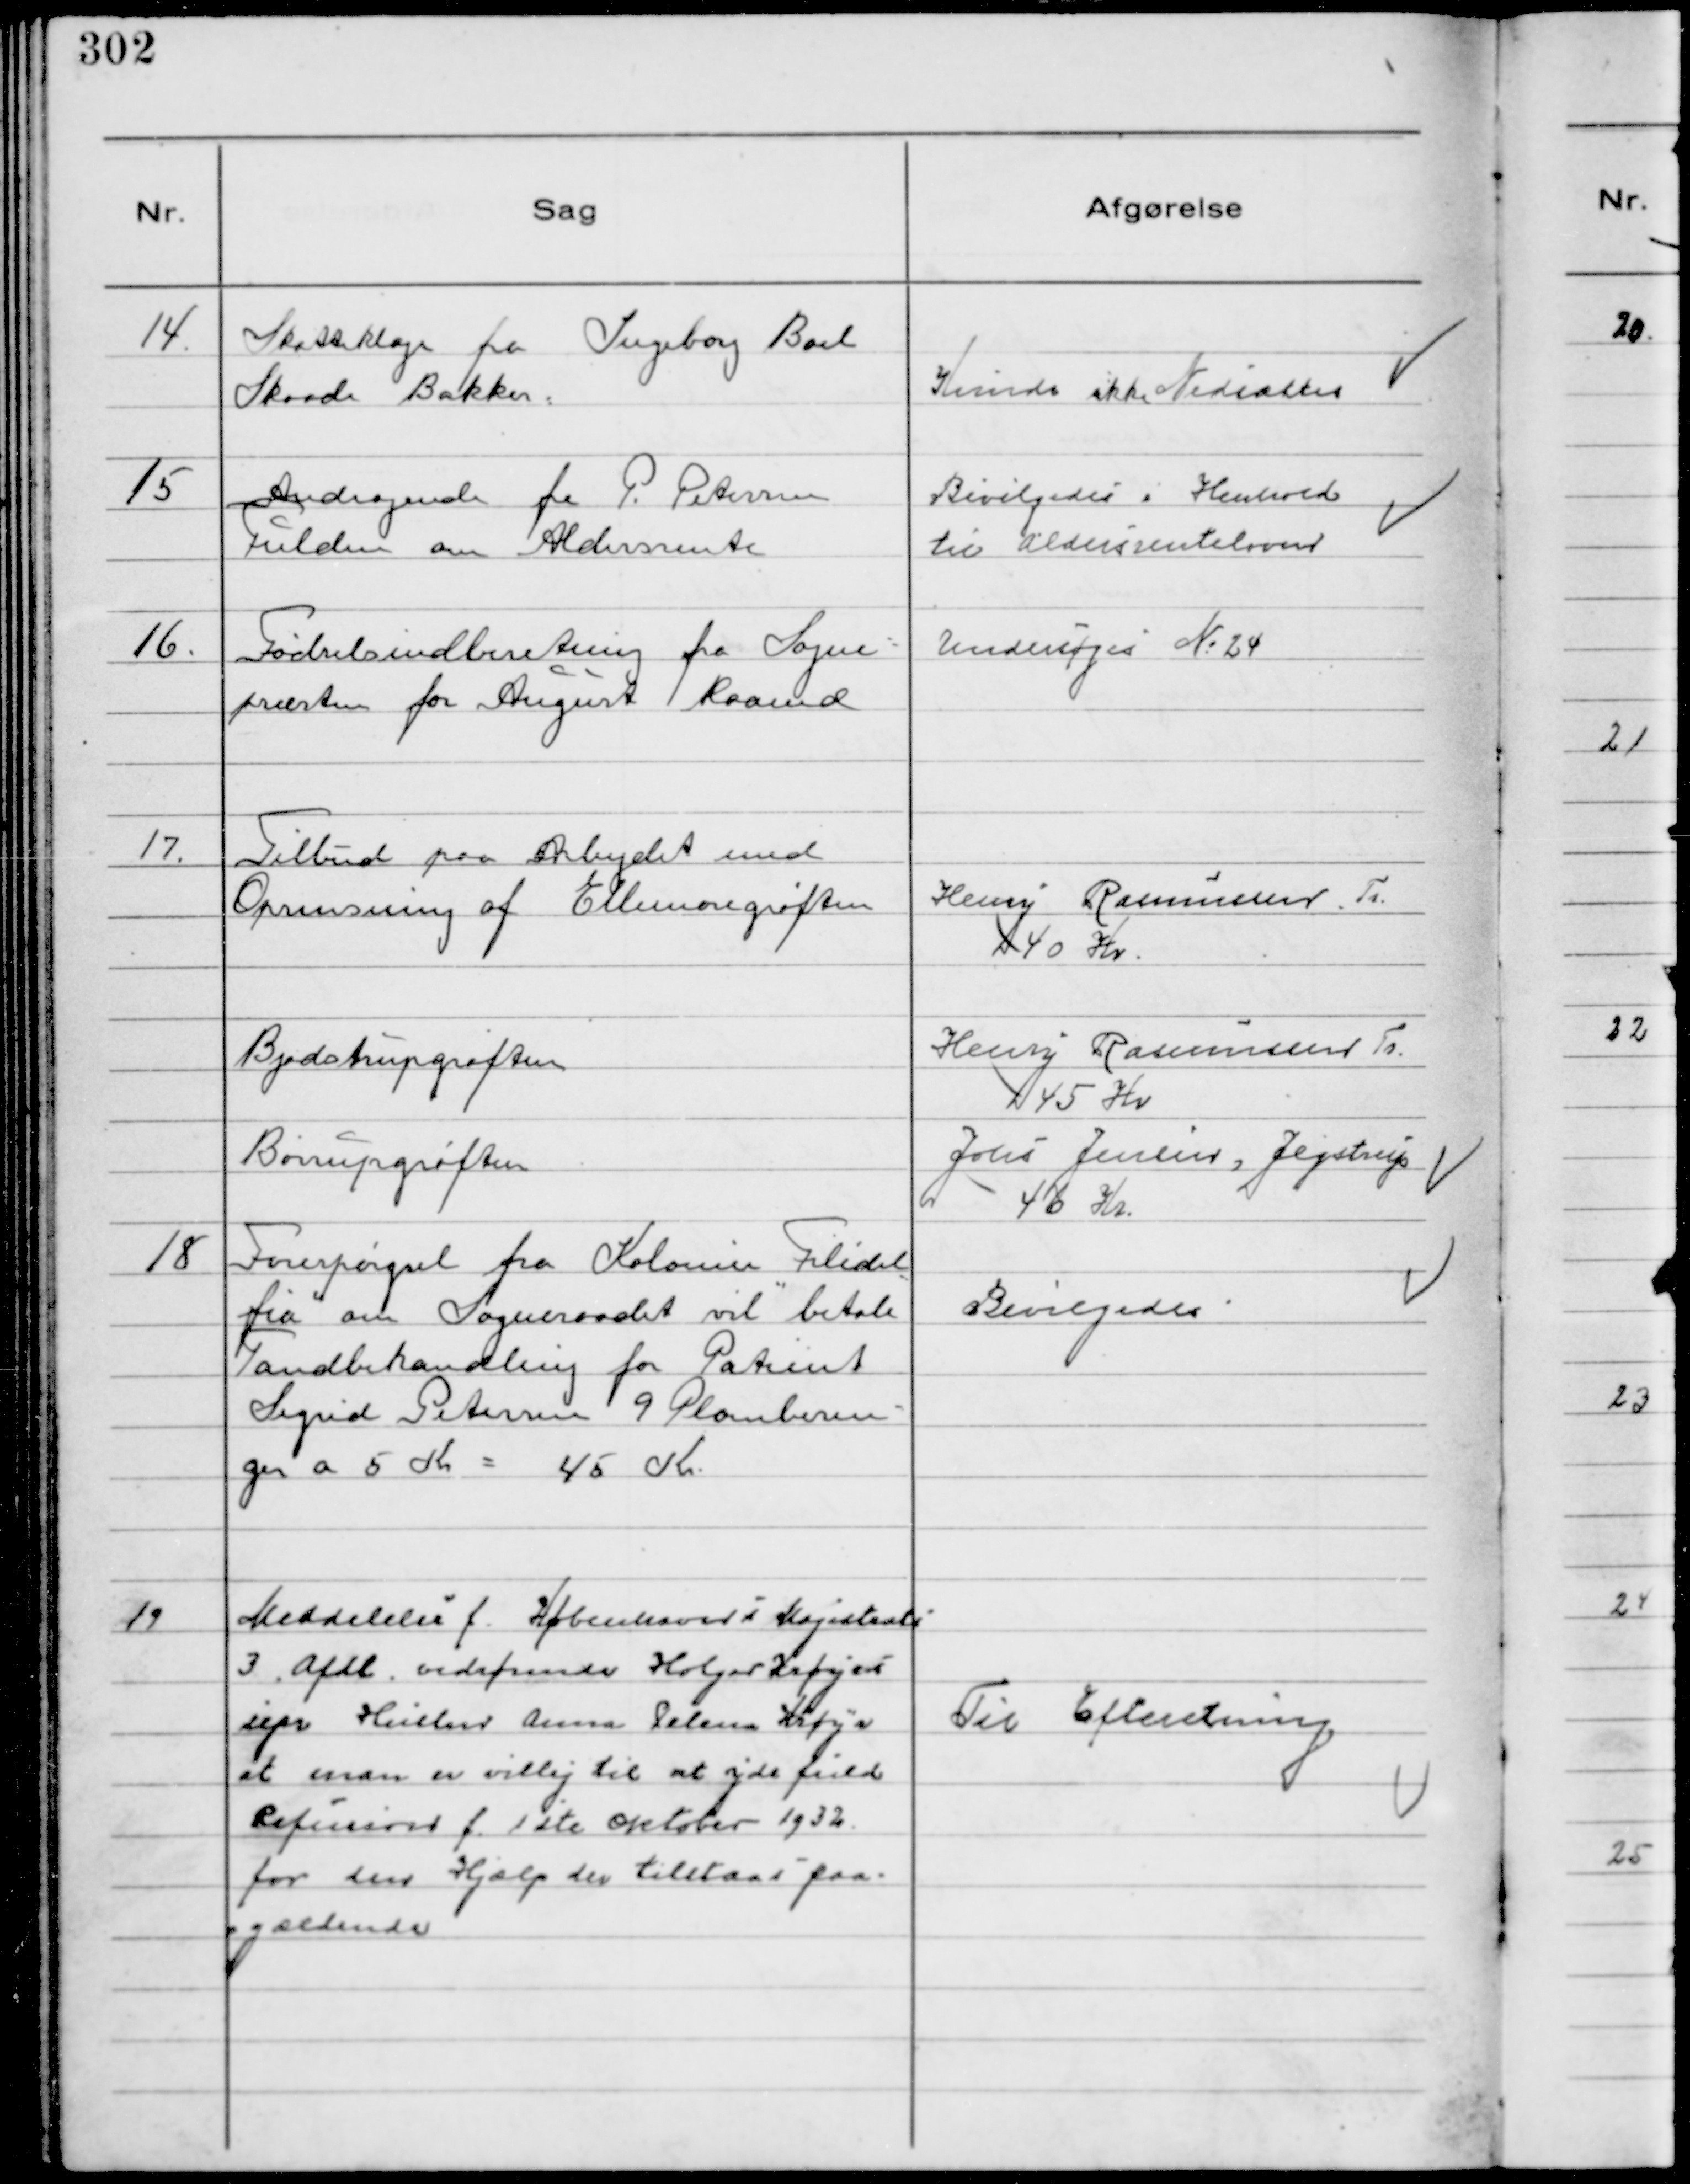
Transskription:
14.
Skatteklage fra Ingeborg Boel
Skaade Bakker.

Kunde ikke Nedsættes

15
Andragende fra P. Petersen
Fulden om Aldersrente

Bevilgedes i Henhold
til Aldersrenteloven

16.
Fødselsindberetning fra Sogne-
præsten for August Maaned

Undersøges №24

17.
Tilbud paa Arbejdet med
Oprensning af Ellemosegrøften

Henry Rasmussen Tr.
40 Kr.

Bjødstrupgrøften

Henry Rasmussen Tr.
45 Kr

Borrupgrøften

Johs Jensen, Jegstrup
46 Kr.

18
Forespørgsel fra Kolonien "Filidel
fia" om Sogneraadet vil betale
Tandbehandling for Patient
Sigrid Petersen 9 Plomberin-
ger a 5 Kr = 45 Kr.

Bevilgedes

19
Meddelelse f. Københavns Magistrats
3 Afdl. vedrørende Holger Krøyers
sepr Hustru Anna Selena Krøyer
at man er villig til at yde fuld
Refusion f. 1 ste Oktober 1932
for den Hjælp der tilstaas paa-
gældende

Til Efteretning